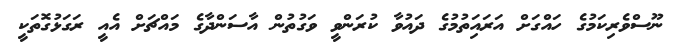
ނޫސްވެރިކަމުގެ ހައްގަށް އަރައިަތުމުގެ ދައުވާ ކުރަންވީ ވަގުތުން އާސަންދާގެ މައްޗަށް އެއީ ރަގަޅުގޮތަކީ